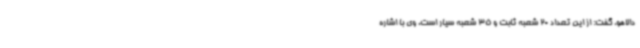
دالاهو، گفت: از این تعداد 20 شعبه ثابت و 35 شعبه سیار است. وی با اشاره